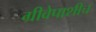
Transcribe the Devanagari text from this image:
ग्रीवेपाशीच